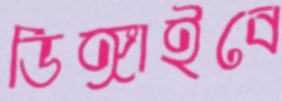
ডিঙ্গাইবে